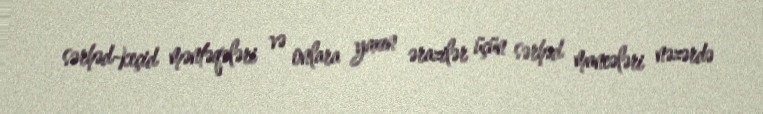
sərhəd-keçid məntəqələri və onlara yaxın ərazilər üçün sərhəd maneələri nəzərdə